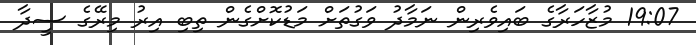
19:07 މުޒާހަރާގެ ބައިވެރިން ނަމާދު ވަގުތަށް މަޑުކޮށްގެން ތިބި އިރު މިރޭގެ ސީދާ